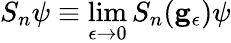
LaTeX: S_{n}\psi\equiv\operatorname*{lim}_{\epsilon\rightarrow 0}S_{n}(\mathbf{g}_{\epsilon})\psi